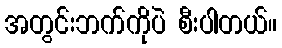
အတွင်းဘက်ကိုပဲ စီးပါတယ်။